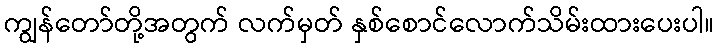
ကျွန်တော်တို့အတွက် လက်မှတ် နှစ်စောင်လောက်သိမ်းထားပေးပါ။